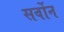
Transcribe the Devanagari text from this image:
सर्वोन